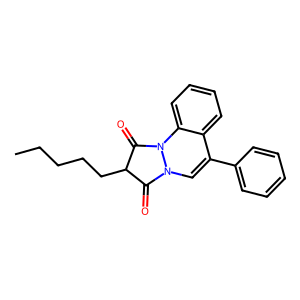
SMILES: CCCCCC1C(=O)N2C=C(c3ccccc3)c3ccccc3N2C1=O
Inhibits HIV replication: No